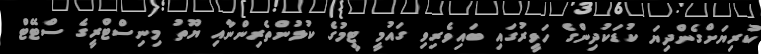
ކުރިޔަށްގެންދިޔަ ކުޑަކުދިންގެ ހަވީރުގައި ބައިވެރިވި ގައުމީ ޓީމުގެ ކުޅުންތެރިންނާއި ޔޫތު މިނިސްޓްރީގެ ސްޓޭޓް